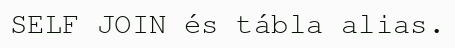
SELF JOIN és tábla alias.